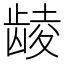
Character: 𲎩